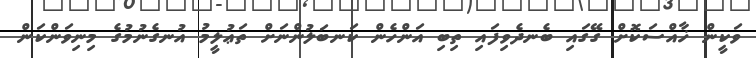
ވަކީން ޚާއްސަކޮށް ގޭގައި ބެނދެވިފައި ތިބި އަންހެން ކަނބަލުންނަށް ތަޢުލީމު އުނގެނުމުގެ މިނިވަންކަން